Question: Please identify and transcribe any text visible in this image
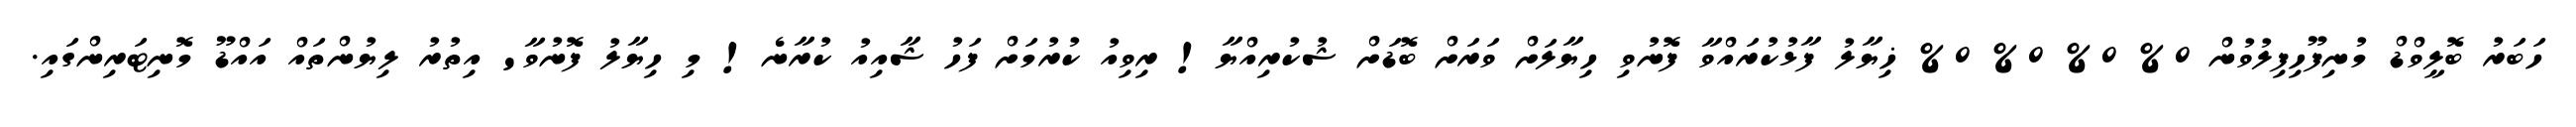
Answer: ހަބަރު ބޮލީވްޑް މުނިފޫހިފިލުވުން 0% 0% 0% 0% ޚިޔާލު ފާޅުކުރައްވާ ފޮނުވި ހިޔާލަށް ވަރަށް ބޮޑަށް ޝުކުރިއްޔާ! ރިވިއު ކުރުމަށް ފަހު ޝާއިއު ކުރާނެ! މި ހިޔާލު ފޮނުވާ' އިތުރު ލިޔުންތައް އައްޑޫ މޮނިޓަރިންގައި.